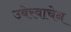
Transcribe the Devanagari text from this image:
उबेरवाचेन